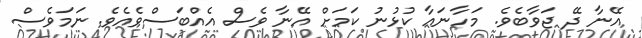
އޭނާ ދޭ ޖަވާބެވެ. މަހާނައާ ކުޅުނު ކަމަށް އޭނާ ވެސް އެއްބަސްވެއެވެ. ނަމަވެސް